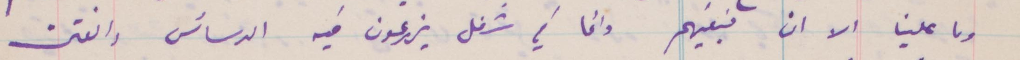
وما علينا الا ان نبقيهم وانما في شغل يزرعون فيه الدسائس والفتن